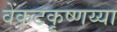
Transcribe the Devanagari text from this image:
वेंकटकृष्णय्या